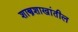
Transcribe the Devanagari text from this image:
शास्त्रशाखांतील